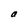
Character: a